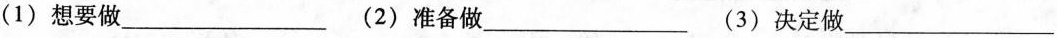
( 1 ) 想要做___ ( 2 ) 准备做___ ( 3 ) 决定做___